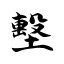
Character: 墼